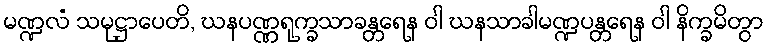
မဏ္ဍလံ သမုဋ္ဌာပေတိ, ဃနပဏ္ဏရုက္ခသာခန္တရေန ဝါ ဃနသာခါမဏ္ဍပန္တရေန ဝါ နိက္ခမိတွာ